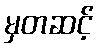
မှတဆင့်